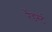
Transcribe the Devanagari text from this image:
रैंडर्स्ट